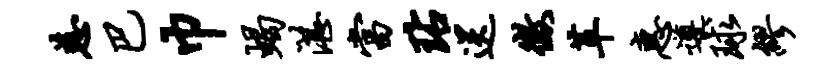
慈巴巾蝎湛当玷送征革惠遵球缪